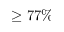
\geq 7 7 \%